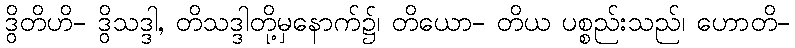
ဒွိတိဟိ- ဒွိသဒ္ဒါ, တိသဒ္ဒါတို့မှနောက်၌၊ တိယော- တိယ ပစ္စည်းသည်၊ ဟောတိ-